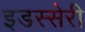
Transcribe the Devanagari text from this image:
इडस्सेरी